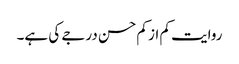
روایت کم از کم حسن درجے کی ہے۔